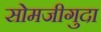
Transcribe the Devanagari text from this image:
सोमजीगुदा